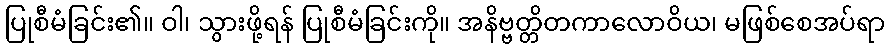
ပြုစီမံခြင်း၏။ ဝါ၊ သွားဖို့ရန် ပြုစီမံခြင်းကို။ အနိဗ္ဗတ္တိတကာလောဝိယ၊ မဖြစ်စေအပ်ရာ